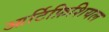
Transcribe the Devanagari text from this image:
आर्टिफ़िशियल